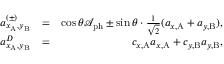
\begin{array} { r l r } { a _ { x _ { \mathrm { A } } , y _ { \mathrm { B } } } ^ { ( \pm ) } } & { = } & { \cos { \theta } \mathcal { A } _ { \mathrm { p h } } \pm \sin { \theta } \cdot \frac { 1 } { \sqrt { 2 } } ( a _ { x , \mathrm { A } } + a _ { y , \mathrm { B } } ) , } \\ { a _ { x _ { \mathrm { A } } , y _ { \mathrm { B } } } ^ { D } } & { = } & { c _ { x , \mathrm { A } } a _ { x , \mathrm { A } } + c _ { y , \mathrm { B } } a _ { y , \mathrm { B } } , } \end{array}